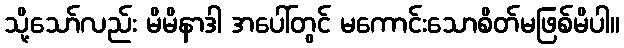
သို့သော်လည်း မိမိနာဒါ အပေါ်တွင် မကောင်းသောစိတ်မဖြစ်မိပါ။